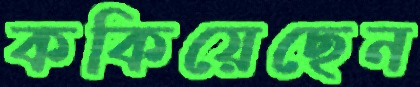
ককিয়েছেন